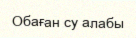
Обаған су алабы